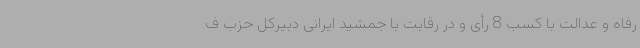
رفاه و عدالت با کسب 8 رأی و در رقابت با جمشید ایرانی دبیرکل حزب ف